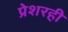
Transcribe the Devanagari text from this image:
प्रेशरही